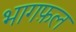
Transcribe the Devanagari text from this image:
भागफ़ल